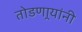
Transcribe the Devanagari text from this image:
तोडणार्‍यांनी